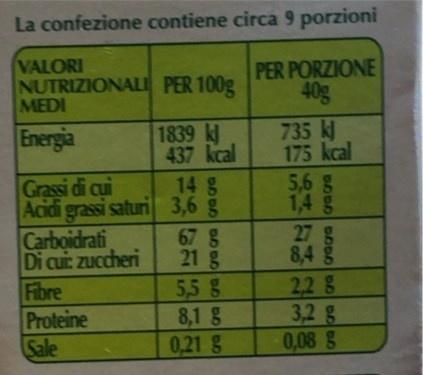
La confezione contiene circa 9 porzioni
VALORI NUTRIZIONALI PER 100g MEDI
PER PORZIONE 40g
1839 k 437 kcal 14g Acidi grassi saturi 3,6 g 67 g 21 g 5,5 8 8,1 g 0,21 g
735 k 175 kcal 5,6 g 1,4 g 27 g 8,4 g 228 3,2 g 0,08 g
Energia
Grassi di cui
Carboidrati Di cui: zuccheri Fibre Proteine Sale